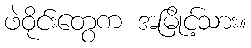
ဖဲဝိုင်းတွေက အမြိုင့်သား။